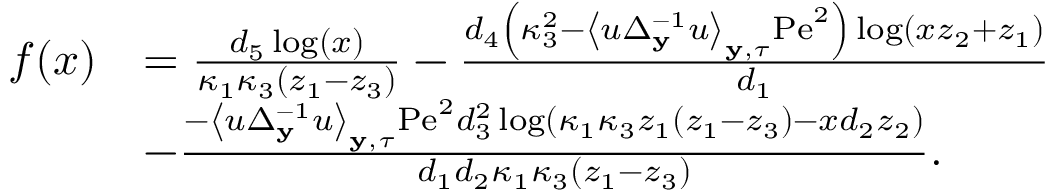
\begin{array} { r l } { f ( x ) } & { = \frac { d _ { 5 } \log ( x ) } { \kappa _ { 1 } \kappa _ { 3 } \left( z _ { 1 } - z _ { 3 } \right) } - \frac { d _ { 4 } \left( \kappa _ { 3 } ^ { 2 } - \left\langle u \Delta _ { \mathbf { y } } ^ { - 1 } u \right\rangle _ { \mathbf { y } , \tau } \mathrm { P e } ^ { 2 } \right) \log \left( x z _ { 2 } + z _ { 1 } \right) } { d _ { 1 } } } \\ & { - \frac { - \left\langle u \Delta _ { \mathbf { y } } ^ { - 1 } u \right\rangle _ { \mathbf { y } , \tau } \mathrm { P e } ^ { 2 } d _ { 3 } ^ { 2 } \log \left( \kappa _ { 1 } \kappa _ { 3 } z _ { 1 } \left( z _ { 1 } - z _ { 3 } \right) - x d _ { 2 } z _ { 2 } \right) } { d _ { 1 } d _ { 2 } \kappa _ { 1 } \kappa _ { 3 } \left( z _ { 1 } - z _ { 3 } \right) } . } \end{array}